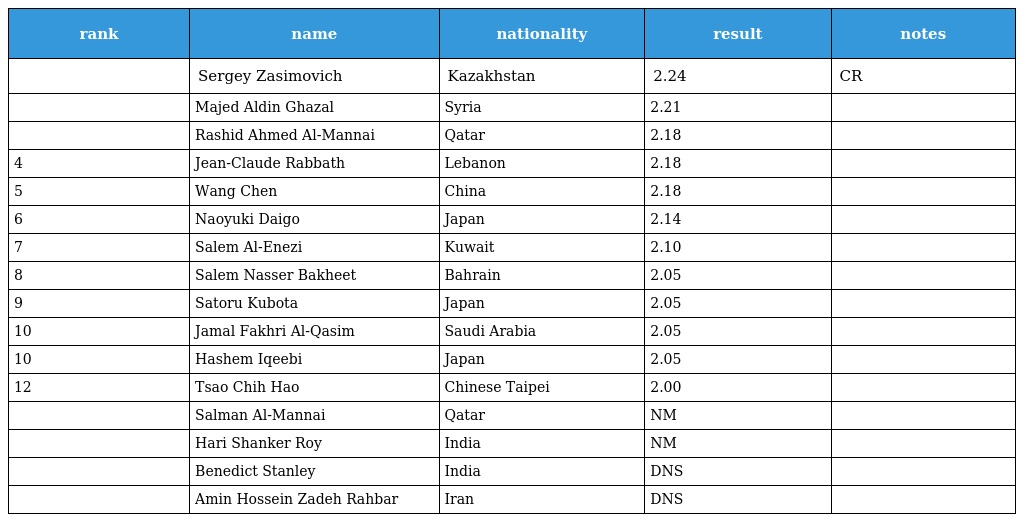
| rank | name | nationality | result | notes |
 | --- | --- | --- | --- | --- |
 |  | Sergey Zasimovich | Kazakhstan | 2.24 | CR |
 |  | Majed Aldin Ghazal | Syria | 2.21 |  |
 |  | Rashid Ahmed Al-Mannai | Qatar | 2.18 |  |
 | 4 | Jean-Claude Rabbath | Lebanon | 2.18 |  |
 | 5 | Wang Chen | China | 2.18 |  |
 | 6 | Naoyuki Daigo | Japan | 2.14 |  |
 | 7 | Salem Al-Enezi | Kuwait | 2.10 |  |
 | 8 | Salem Nasser Bakheet | Bahrain | 2.05 |  |
 | 9 | Satoru Kubota | Japan | 2.05 |  |
 | 10 | Jamal Fakhri Al-Qasim | Saudi Arabia | 2.05 |  |
 | 10 | Hashem Iqeebi | Japan | 2.05 |  |
 | 12 | Tsao Chih Hao | Chinese Taipei | 2.00 |  |
 |  | Salman Al-Mannai | Qatar | NM |  |
 |  | Hari Shanker Roy | India | NM |  |
 |  | Benedict Stanley | India | DNS |  |
 |  | Amin Hossein Zadeh Rahbar | Iran | DNS |  |